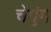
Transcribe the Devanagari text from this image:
चेयुंग